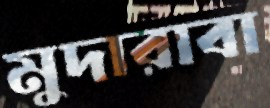
মুদারাবা